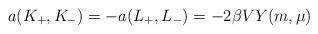
LaTeX: \begin{align*} a(K_+,K_-) = - a(L_+,L_-) = -2\beta V Y(m,\mu)\end{align*}